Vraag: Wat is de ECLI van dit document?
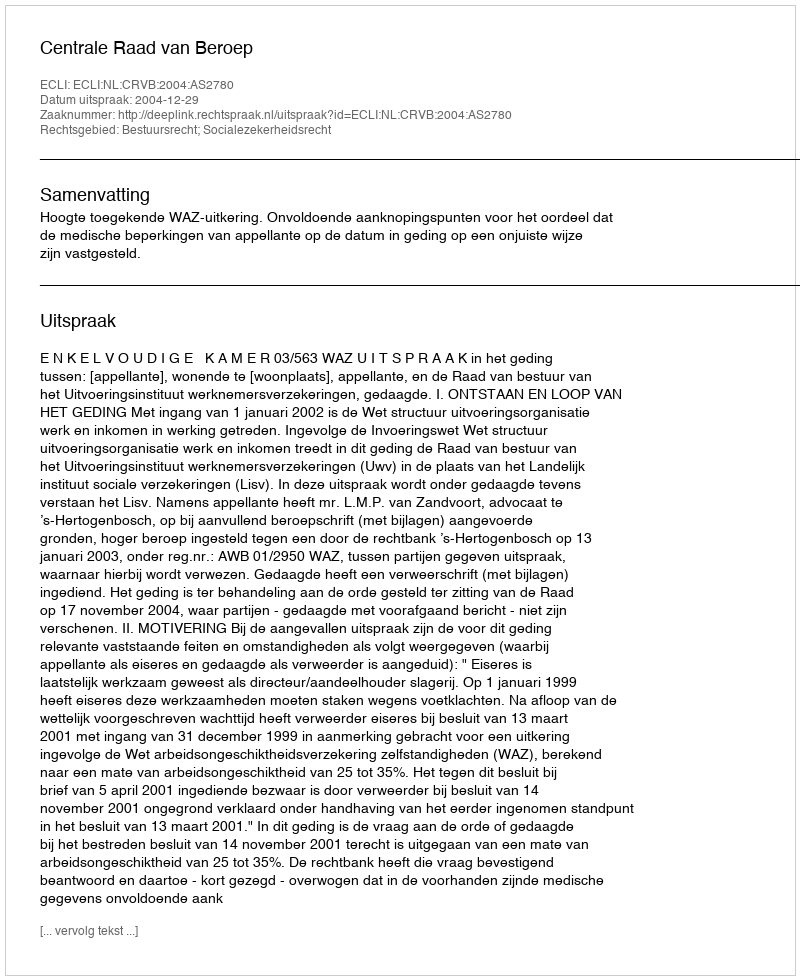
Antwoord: ECLI:NL:CRVB:2004:AS2780